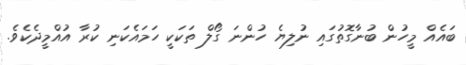
ބައެއް މީހުން ބުނާގޮތުގައި ނުލިޔެ ހުންނަ ގޯލް ތަކަކީ ހަމައެކަނި ކުރާ އުއްމީދެކެވެ.